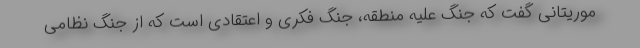
موریتانی گفت که جنگ علیه منطقه، جنگ فکری و اعتقادی است که از جنگ نظامی